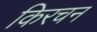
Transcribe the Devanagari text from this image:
किरचन